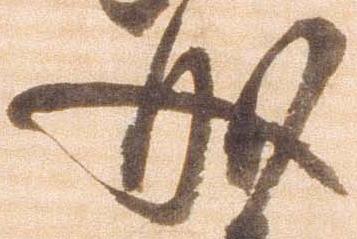
成